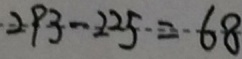
2 9 3 - 2 2 5 = 6 8